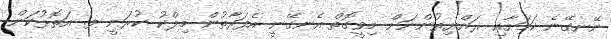
ނޭނގޭނެ ކަމަށާއި ރައްޔިތުންނަށް މިވީގޮތް އެނގޭނީ އެފަރާތުން މިލްކު ކުރަނީ ފ. އަތޮޅުކަން